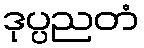
ဒုပ္ပညတံ